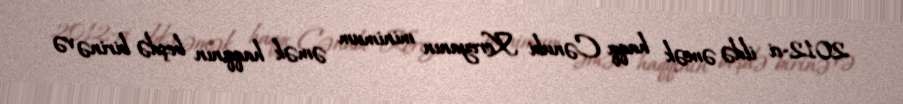
2012-ci ildə əmək haqqı Cənubi Koreyanın minimum əmək haqqının beşdə birinə və